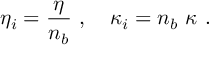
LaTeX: \eta _ { i } = { \frac { \eta } { n _ { b } } } \ , \ \ \ \kappa _ { i } = n _ { b } \ \kappa \ .